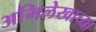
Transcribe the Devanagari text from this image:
अभिलेखाच्या